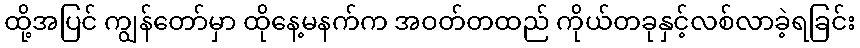
ထို့အပြင် ကျွန်တော်မှာ ထိုနေ့မနက်က အဝတ်တထည် ကိုယ်တခုနှင့်လစ်လာခဲ့ရခြင်း